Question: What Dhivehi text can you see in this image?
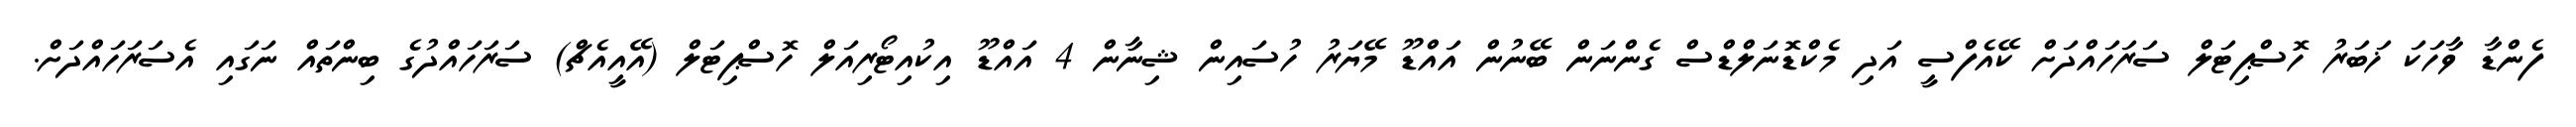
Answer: ފެންޑާ ވާހަކަ ޚަބަރު ހޮސްޕިޓަލް ސަރަހައްދަށް ކޭއެފްސީ އަދި މެކްޑޮނަލްޑްސް ގެންނަން ބޭނުން އައްޑޫ މޭޔަރު ހުސައިން ޝިނާން 4 އައްޑޫ އިކުއިޓޯރިއަލް ހޮސްޕިޓަލް (އޭއީއެޗް) ސަރަހައްދުގެ ބިންތައް ނަގައި އެސަރަހައްދަށް.